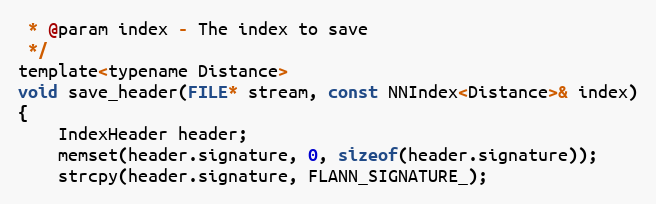
Language: C
 * @param index - The index to save
 */
template<typename Distance>
void save_header(FILE* stream, const NNIndex<Distance>& index)
{
    IndexHeader header;
    memset(header.signature, 0, sizeof(header.signature));
    strcpy(header.signature, FLANN_SIGNATURE_);